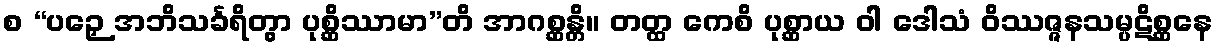
စ “ပဉှေ အဘိသင်္ခရိတွာ ပုစ္ဆိဿာမာ”တိ အာဂစ္ဆန္တိ။ တတ္ထ ကေစိ ပုစ္ဆာယ ဝါ ဒေါသံ ဝိဿဇ္ဇနသမ္ပဋိစ္ဆနေ